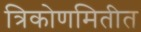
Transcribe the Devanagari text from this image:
त्रिकोणमितीत